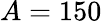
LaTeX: A=150